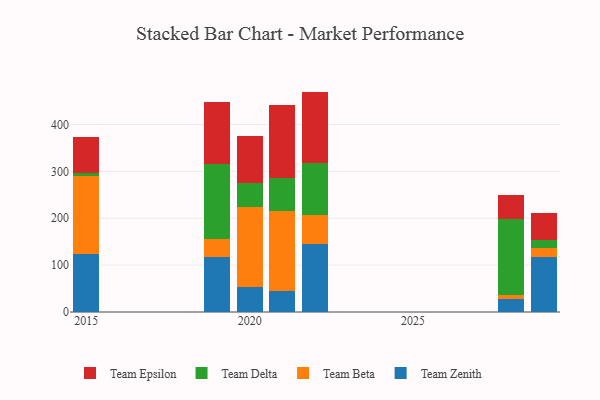
{"axis": {"x": "Year", "y": "Demand Index"}, "legend": ["Team Beta", "Team Delta", "Team Epsilon", "Team Zenith"], "data": [{"x": "2020", "y": 53.9, "type": "Team Zenith"}, {"x": "2020", "y": 170.9, "type": "Team Beta"}, {"x": "2020", "y": 49.9, "type": "Team Delta"}, {"x": "2020", "y": 100.0, "type": "Team Epsilon"}, {"x": "2019", "y": 117.1, "type": "Team Zenith"}, {"x": "2019", "y": 38.1, "type": "Team Beta"}, {"x": "2019", "y": 160.5, "type": "Team Delta"}, {"x": "2019", "y": 132.1, "type": "Team Epsilon"}, {"x": "2028", "y": 28.8, "type": "Team Zenith"}, {"x": "2028", "y": 8.1, "type": "Team Beta"}, {"x": "2028", "y": 161.3, "type": "Team Delta"}, {"x": "2028", "y": 51.3, "type": "Team Epsilon"}, {"x": "2029", "y": 117.7, "type": "Team Zenith"}, {"x": "2029", "y": 18.9, "type": "Team Beta"}, {"x": "2029", "y": 17.8, "type": "Team Delta"}, {"x": "2029", "y": 57.5, "type": "Team Epsilon"}, {"x": "2015", "y": 122.9, "type": "Team Zenith"}, {"x": "2015", "y": 167.6, "type": "Team Beta"}, {"x": "2015", "y": 7.0, "type": "Team Delta"}, {"x": "2015", "y": 74.9, "type": "Team Epsilon"}, {"x": "2022", "y": 145.4, "type": "Team Zenith"}, {"x": "2022", "y": 61.5, "type": "Team Beta"}, {"x": "2022", "y": 111.4, "type": "Team Delta"}, {"x": "2022", "y": 151.9, "type": "Team Epsilon"}, {"x": "2021", "y": 45.4, "type": "Team Zenith"}, {"x": "2021", "y": 170.2, "type": "Team Beta"}, {"x": "2021", "y": 71.1, "type": "Team Delta"}, {"x": "2021", "y": 154.2, "type": "Team Epsilon"}]}